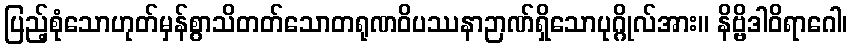
ပြည့်စုံသောဟုတ်မှန်စွာသိတတ်သောတရုဏဝိပဿနာဉာဏ်ရှိသောပုဂ္ဂိုလ်အား။ နိဗ္ဗိဒါဝိရာဂေါ၊